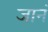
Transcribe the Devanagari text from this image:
जानं